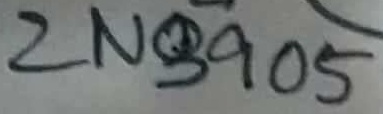
Text: 2N3905